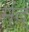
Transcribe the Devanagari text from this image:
मंद्